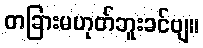
တခြားမဟုတ်ဘူးခင်ဗျ။